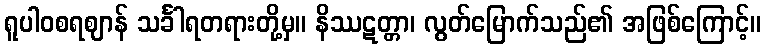
ရူပါဝစရဈာန် သင်္ခါရတရားတို့မှ။ နိဿဋတ္တာ၊ လွတ်မြောက်သည်၏ အဖြစ်ကြောင့်။